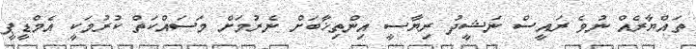
ތައްޔާރެއް ނުވެ ރައީސް ނަޝީދު ރިޔާސީ އިންތިޚާބަށް ނެރުމަށް މަސައްކަތް ކުރުމަކީ އެމްޑީޕީ